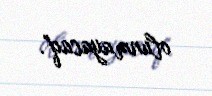
olunmayacaq".